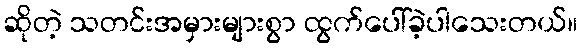
ဆိုတဲ့ သတင်းအမှားများစွာ ထွက်ပေါ်ခဲ့ပါသေးတယ်။